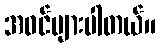
အဝင်များပါတယ်။